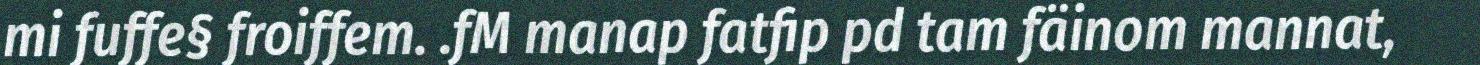
mi fuffe§ froiffem. .fM manap fatfip pd tam fäinom mannat,